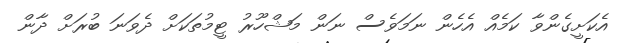
އެކަށީގެންވާ ކަމެއް އެހެން ނަމަވެސް ނަން މަޝްހޫރު ޓީމުތަކަށް ދެވަނަ ބުރަށް ދާން